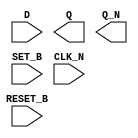
module sky130_fd_sc_lp__dfbbn (
    //# {{data|Data Signals}}
    input  D      ,
    output Q      ,
    output Q_N    ,

    //# {{control|Control Signals}}
    input  RESET_B,
    input  SET_B  ,

    //# {{clocks|Clocking}}
    input  CLK_N
);

    // Voltage supply signals
    supply1 VPWR;
    supply0 VGND;
    supply1 VPB ;
    supply0 VNB ;

endmodule